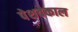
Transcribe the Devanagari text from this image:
पेशवेकाल